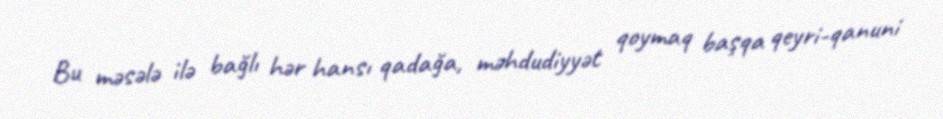
Bu məsələ ilə bağlı hər hansı qadağa, məhdudiyyət qoymaq başqa qeyri-qanuni